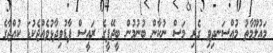
މައުލޫމާތު މުއްސަނދިވި ގެރި މަސް ނުކާން ބުނުމުން ބީޖޭޕީގެ ރައީސް ފާޑުވިދާޅުވެއްޖެކުޑަ ކުއްޖާގެ